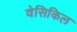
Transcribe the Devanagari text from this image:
वेसिकिल